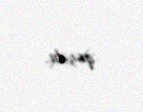
qoydu.